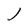
Character: J